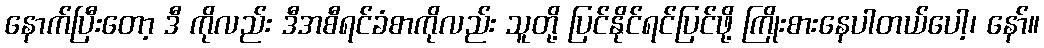
နောက်ပြီးတော့ ဒီ ကိုလည်း ဒီအစီရင်ခံစာကိုလည်း သူတို့ ပြင်နိုင်ရင်ပြင်ဖို့ ကြိုးစားနေပါတယ်ပေါ့၊ နော်။